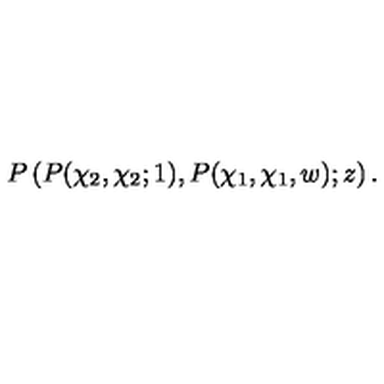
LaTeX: P \left( P ( \chi _ { 2 } , \chi _ { 2 } ; 1 ) , P ( \chi _ { 1 } , \chi _ { 1 } , w ) ; z \right) .